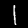
Label: 1